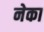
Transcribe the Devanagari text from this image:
नेका